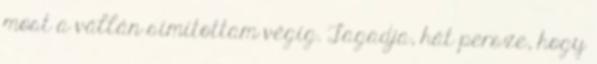
most a vállán simítottam végig. Tagadja, hát persze, hogy